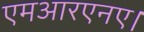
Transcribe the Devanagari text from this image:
एमआरएनए।